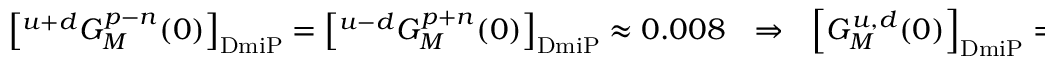
\left[ { } ^ { u + d } G _ { M } ^ { p - n } ( 0 ) \right] _ { \mathrm { D m i P } } = \left[ { } ^ { u - d } G _ { M } ^ { p + n } ( 0 ) \right] _ { \mathrm { D m i P } } \approx 0 . 0 0 8 ~ ~ ~ \Rightarrow ~ ~ ~ \left[ G _ { M } ^ { u , d } ( 0 ) \right] _ { \mathrm { D m i P } } = 0 .